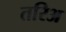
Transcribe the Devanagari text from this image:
तरिअ